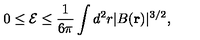
0 \leq \mathcal { E } \leq \frac { 1 } { 6 \pi } \int d ^ { 2 } r | B ( \mathbf { r } ) | ^ { 3 / 2 } ,